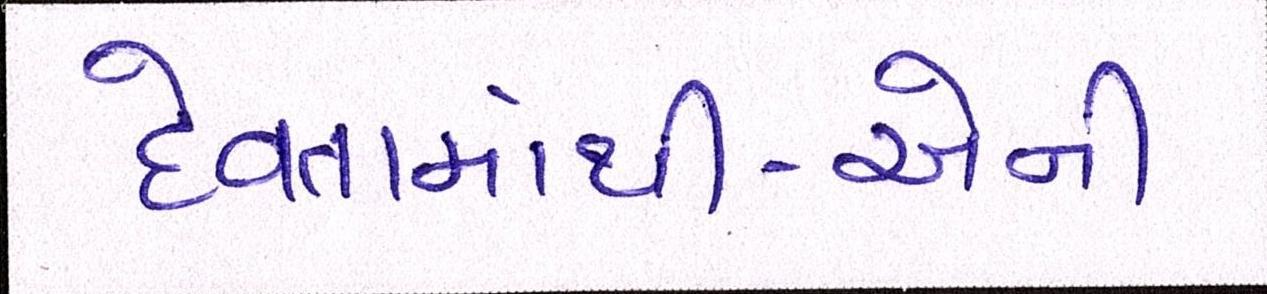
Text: દેવતામાંથી-એની